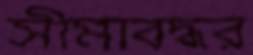
সীমাবদ্ধর